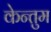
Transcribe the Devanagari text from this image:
केन्तुम